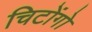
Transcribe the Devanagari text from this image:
चिटोंगो